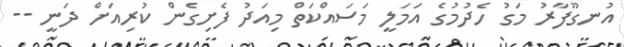
އުނގޫފާރު މަގު ހެދުމުގެ އަމަލީ މަސައްކަތް މިއަދު ފެށިގެން ކުރިއަށް ދަނީ --